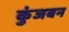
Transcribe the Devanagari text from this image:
कुंजबन